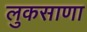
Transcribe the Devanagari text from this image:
लुकसाणा